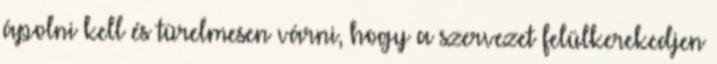
ápolni kell és türelmesen várni, hogy a szervezet felülkerekedjen